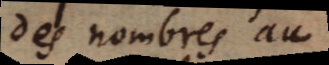
des nombres au